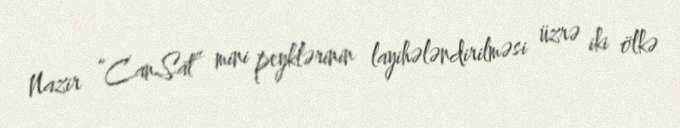
Nazir “CanSat” mini peyklərinin layihələndirilməsi üzrə iki ölkə